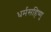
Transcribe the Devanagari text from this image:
धर्मसहिष्णु